Civil Veterinary Dept. Assam report 1927-50 - 1927-1950
Year: 1927
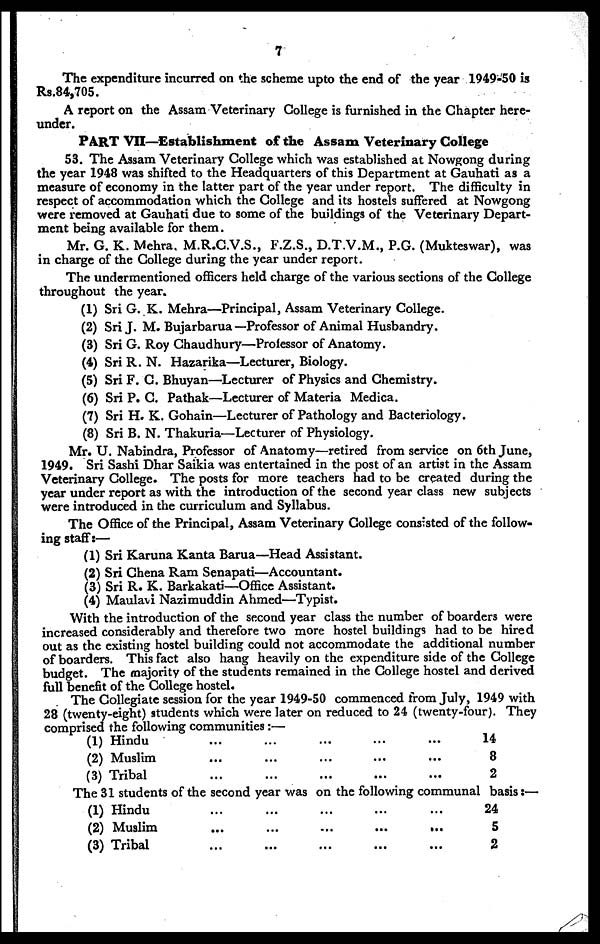
7
The expenditure incurred on the scheme upto the end of the year 1949-50 is
Rs.84,705.
A report on the Assam Veterinary College is furnished in the Chapter here-
under.
PART VII—Establishment of the Assam Veterinary College
53. The Assam Veterinary College which was established at Nowgong during
the year 1948 was shifted to the Headquarters of this Department at Gauhati as a
measure of economy in the latter part of the year under report. The difficulty in
respect of accommodation which the College and its hostels suffered at Nowgong
were removed at Gauhati due to some of the buildings of the Veterinary Depart-
ment being available for them.
Mr. G. K. Mehra, M.R.C.V.S., F.Z.S., D.T.V.M., P.G. (Mukteswar), was
in charge of the College during the year under report.
The undermentioned officers held charge of the various sections of the College
throughout the year.
(1) Sri G. K. Mehra—Principal, Assam Veterinary College.
(2) Sri J. M. Bujarbarua—Professor of Animal Husbandry.
(3) Sri G. Roy Chaudhury—Prolessor of Anatomy.
(4) Sri R. N. Hazarika—Lecturer, Biology.
(5) Sri F. C. Bhuyan—Lecturer of Physics and Chemistry.
(6) Sri P. C. Pathak—Lecturer of Materia Medica.
(7) Sri H. K. Gohain—Lecturer of Pathology and Bacteriology.
(8) Sri B. N. Thakuria—Lecturer of Physiology.
Mr. U. Nabindra, Professor of Anatomy—retired from service on 6th June,
1949. Sri Sashi Dhar Saikia was entertained in the post of an artist in the Assam
Veterinary College. The posts for more teachers had to be created during the
year under report as with the introduction of the second year class new subjects
were introduced in the curriculum and Syllabus.
The Office of the Principal, Assam Veterinary College consisted of the follow-
ing staff:—
(1) Sri Karuna Kanta Barua—Head Assistant.
(2) Sri Chena Ram Senapati—Accountant.
(3) Sri R. K. Barkakati—Office Assistant.
(4) Maulavi Nazimuddin Ahmed—Typist.
With the introduction of the second year class the number of boarders were
increased considerably and therefore two more hostel buildings had to be hired
out as the existing hostel building could not accommodate the additional number
of boarders. This fact also hang heavily on the expenditure side of the College
budget. The majority of the students remained in the College hostel and derived
full benefit of the College hostel.
The Collegiate session for the year 1949-50 commenced from July, 1949 with
28 (twenty-eight) students which were later on reduced to 24 (twenty-four). They
comprised the following communities:—
(1) Hindu
(2) Muslim
(3) Tribal
...
...
...
...
...
...
...
...
...
...
...
...
...
...
...
14
8
2
The 31 students of the second year was on the following communal basis :—
(1) Hindu
(2) Muslim
(3) Tribal
...
...
...
...
...
...
...
...
...
...
...
...
...
...
...
24
5
2